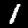
Digit: 1